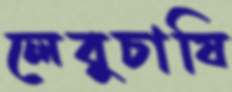
লেবুচাষি